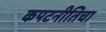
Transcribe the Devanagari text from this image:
कपटनीतिचा